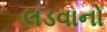
લડવાનો